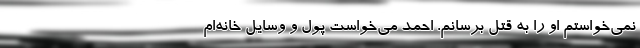
نمی‌خواستم او را به قتل برسانم. احمد می‌خواست پول و وسایل خانه‌ام